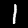
Digit: 1